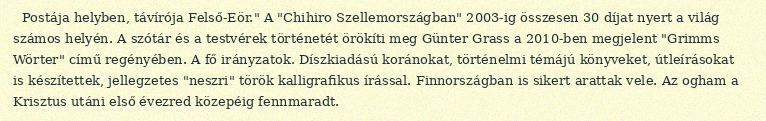
Postája helyben, távírója Felső-Eör." A "Chihiro Szellemországban" 2003-ig összesen 30 díjat nyert a világ számos helyén. A szótár és a testvérek történetét örökíti meg Günter Grass a 2010-ben megjelent "Grimms Wörter" című regényében. A fő irányzatok. Díszkiadású koránokat, történelmi témájú könyveket, útleírásokat is készítettek, jellegzetes "neszri" török kalligrafikus írással. Finnországban is sikert arattak vele. Az ogham a Krisztus utáni első évezred közepéig fennmaradt.